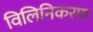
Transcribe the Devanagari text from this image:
विलिनिकरण